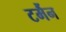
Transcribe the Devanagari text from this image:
टर्मैन